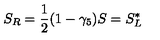
S _ { R } = \frac { 1 } { 2 } ( 1 - \gamma _ { 5 } ) S = S _ { L } ^ { * }